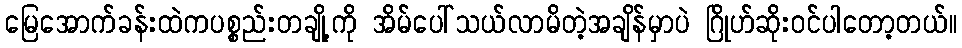
မြေအောက်ခန်းထဲကပစ္စည်းတချို့ကို အိမ်ပေါ်သယ်လာမိတဲ့အချိန်မှာပဲ ဂြိုဟ်ဆိုးဝင်ပါတော့တယ်။